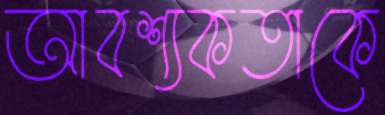
আবশ্যকতাকে